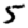
Digit: 5